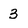
Character: 3